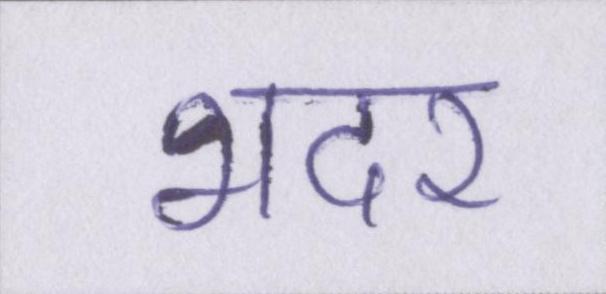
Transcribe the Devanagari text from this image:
भदर